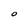
Character: O